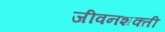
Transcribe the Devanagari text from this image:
जीवनशक्ती